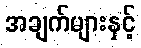
အချက်များနှင့်